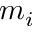
m _ { i }